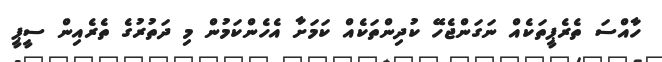
ހާއްސަ ތެރެޕީތަކެއް ނަގަންޖެހޭ ކުދިންތަކެއް ކަމަށާ އެހެންކަމުން މި ދަތުރުގެ ތެރެއިން ސީޕީ